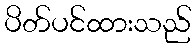
ပိတ်ပင်ထားသည်